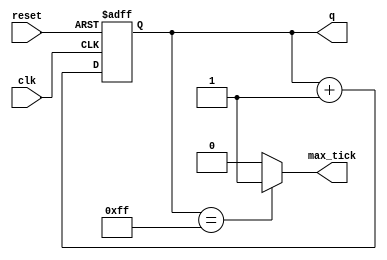
module free_run_bin_counter
 #(parameter N=8)(
 input clk, reset,
 output wire max_tick,
 output wire [N-1:0] q);
// signal declaration
reg [N-1:0] r_reg;
wire [N-1:0] r_next;
// body or register
always@(posedge clk, posedge reset )
 if(reset)
 r_reg <= 0;
 else
 r_reg <= r_next;
// next_state_logic
assign r_next = r_reg + 1;
// output logic
assign q = r_reg;
assign max_tick = (r_reg == 2**N-1) ? 1'b1 : 1'b0;
endmodule